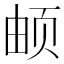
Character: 𬱖